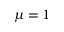
\mu = 1